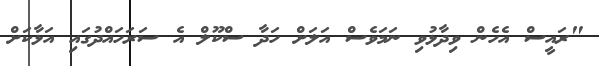
"ރައީސް އެހެން ވިދާޅުވި ނަމަވެސް އަލަށް ހަދާ ސްކޫލް އެ ސަރަހައްދުގައި އަޅާކަށް